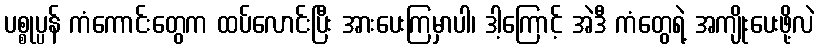
ပစ္စုပ္ပန် ကံကောင်းတွေက ထပ်လောင်းပြီး အားပေးကြမှာပါ၊ ဒါ့ကြောင့် အဲဒီ ကံတွေရဲ့ အကျိုးပေးဖို့လဲ